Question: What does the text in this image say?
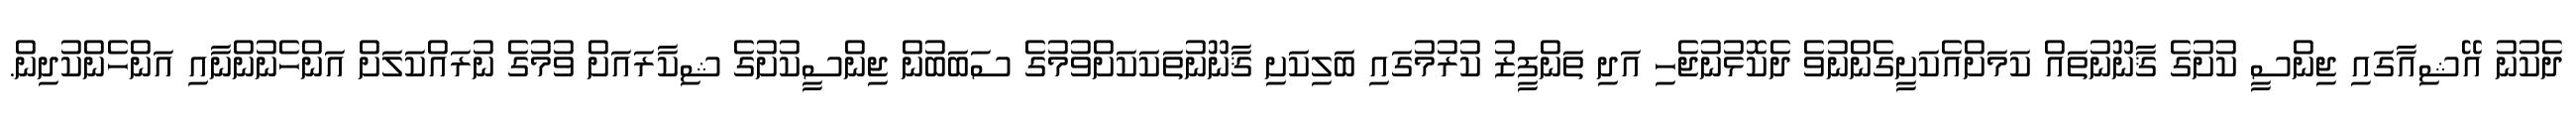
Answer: ދެކުނު އޭޝިއާގައި ޖިންސީ ކުށުގެ ޤާނޫނުތައް ކަމަށްއެކަށީގެންނުވެ ދެކޮޅުނުޖެހި އަދި ތަންފީޒު ކުރުމުގައި ބަލިކަށި ޤާނޫނުތަކަކަށްވުމުގެ ސަބަބުން ޖިންސީކުށުގެ ޝިކާރައަށް ވުމުގެ ނުރައްކަލަށް އަންހެނުންނާއި އަންހެންކުދިން.